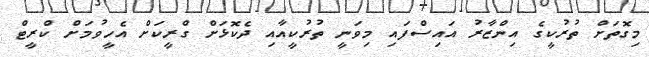
މިގޮތަށް ތުރުކީގެ އިންޒާރު އައިސްފައި މިވަނީ ތުރުކީއާއި ދެކޮޅަށް ގްރީކަށް އެހީވުމަށް ކްރީޓް